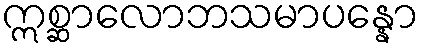
ဣစ္ဆာလောဘသမာပန္နော